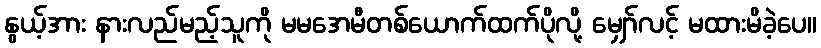
နွယ့်အား နားလည်မည့်သူကို မမအေမီတစ်ယောက်ထက်ပိုလို့ မျှော်လင့် မထားမိခဲ့ပေ။